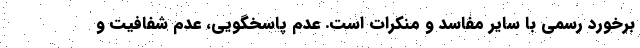
برخورد رسمی با سایر مفاسد و منکرات است. عدم پاسخگویی، عدم شفافیت و